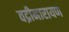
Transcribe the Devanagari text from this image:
वद्रीनारायण